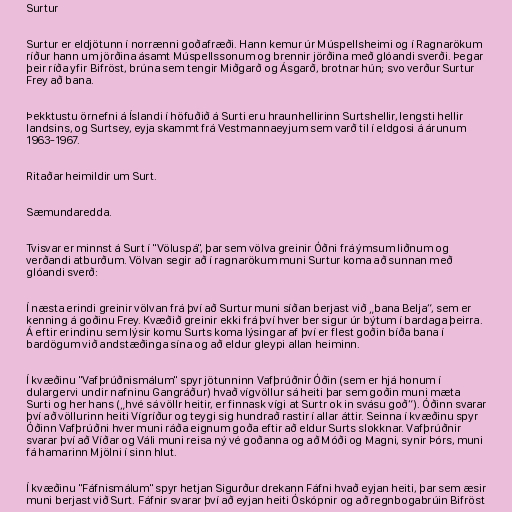
Surtur

Surtur er eldjötunn í norrænni goðafræði. Hann kemur úr Múspellsheimi og í Ragnarökum
ríður hann um jörðina ásamt Múspellssonum og brennir jörðina með glóandi sverði. Þegar
þeir ríða yfir Bifröst, brúna sem tengir Miðgarð og Ásgarð, brotnar hún; svo verður Surtur
Frey að bana.

Þekktustu örnefni á Íslandi í höfuðið á Surti eru hraunhellirinn Surtshellir, lengsti hellir
landsins, og Surtsey, eyja skammt frá Vestmannaeyjum sem varð til í eldgosi á árunum
1963-1967.

Ritaðar heimildir um Surt.

Sæmundaredda.

Tvisvar er minnst á Surt í "Völuspá", þar sem völva greinir Óðni frá ýmsum liðnum og
verðandi atburðum. Völvan segir að í ragnarökum muni Surtur koma að sunnan með
glóandi sverð:

Í næsta erindi greinir völvan frá því að Surtur muni síðan berjast við „bana Belja“, sem er
kenning á goðinu Frey. Kvæðið greinir ekki frá því hver ber sigur úr býtum í bardaga þeirra.
Á eftir erindinu sem lýsir komu Surts koma lýsingar af því er flest goðin bíða bana í
bardögum við andstæðinga sína og að eldur gleypi allan heiminn.

Í kvæðinu "Vafþrúðnismálum" spyr jötunninn Vafþrúðnir Óðin (sem er hjá honum í
dulargervi undir nafninu Gangráður) hvað vígvöllur sá heiti þar sem goðin muni mæta
Surti og her hans („hvé sá völlr heitir, er finnask vígi at Surtr ok in svásu goð“). Óðinn svarar
því að völlurinn heiti Vígríður og teygi sig hundrað rastir í allar áttir. Seinna í kvæðinu spyr
Óðinn Vafþrúðni hver muni ráða eignum goða eftir að eldur Surts slokknar. Vafþrúðnir
svarar því að Víðar og Váli muni reisa ný vé goðanna og að Móði og Magni, synir Þórs, muni
fá hamarinn Mjölni í sinn hlut.

Í kvæðinu "Fáfnismálum" spyr hetjan Sigurður drekann Fáfni hvað eyjan heiti, þar sem æsir
muni berjast við Surt. Fáfnir svarar því að eyjan heiti Óskópnir og að regnbogabrúin Bifröst